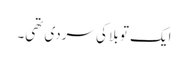
ایک تو بلا کی سردی تھی۔